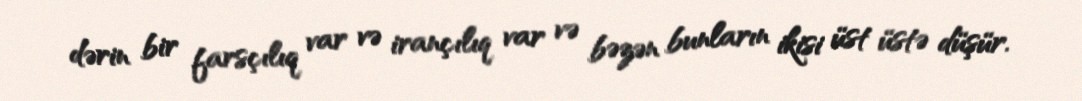
dərin bir farsçılıq var və irançılıq var və bəzən bunların ikisi üst üstə düşür.